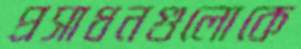
প্রসাধনগুলোকে